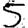
Digit: 5